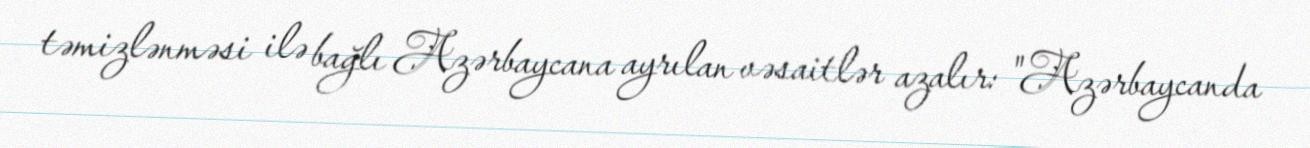
təmizlənməsi ilə bağlı Azərbaycana ayrılan vəsaitlər azalır: "Azərbaycanda